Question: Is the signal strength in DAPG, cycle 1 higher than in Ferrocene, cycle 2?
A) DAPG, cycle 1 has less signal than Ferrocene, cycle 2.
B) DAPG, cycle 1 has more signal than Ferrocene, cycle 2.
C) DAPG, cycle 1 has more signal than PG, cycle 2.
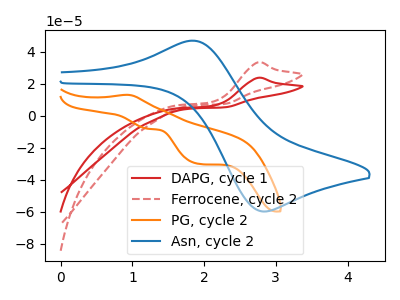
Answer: <think>The red curve "DAPG, cycle 1" has an anodic peak at: (2.75V, 23.60uA). The red dashed curve "Ferrocene, cycle 2" has an anodic peak at: (2.75V, 33.25uA). The orange curve "PG, cycle 2" has an anodic peak at (0.95V, 13.00uA) and cathodic peaks at (1.20V, -8.20uA) (1.95V, -30.15uA). The blue curve "Asn, cycle 2" has an anodic peak at (1.90V, 46.65uA) and a cathodic peak at (2.85V, -59.80uA).
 All the peaks in "DAPG, cycle 1" have a peak in "Ferrocene, cycle 2" at the same potential. Every peak in "DAPG, cycle 1" is lower than every peak in "Ferrocene, cycle 2".</think>
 <answer>A) "DAPG, cycle 1" has less signal than "Ferrocene, cycle 2".</answer>
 <eval>A</eval>